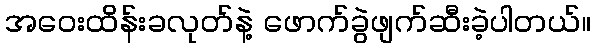
အဝေးထိန်းခလုတ်နဲ့ ဖောက်ခွဲဖျက်ဆီးခဲ့ပါတယ်။